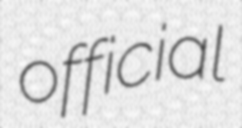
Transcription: official